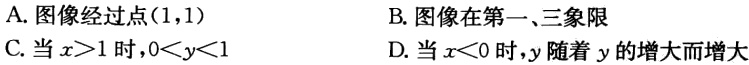
A. 图像经过点$(1,1)$
B. 图像在第一、三象限
C. 当$x > 1$时，$0 < y < 1$
D. 当$x < 0$时，$y$随着$y$的增大而增大